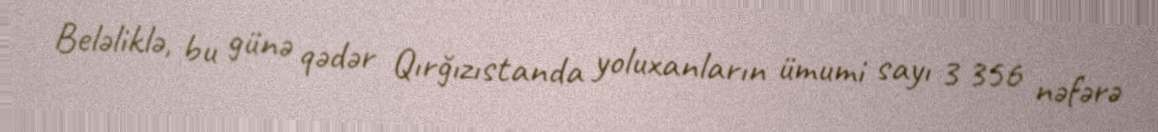
Beləliklə, bu günə qədər Qırğızıstanda yoluxanların ümumi sayı 3 356 nəfərə